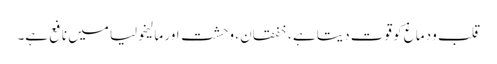
قلب و دماغ کو قوت دیتا ہے ، خفقان ، وحشت اور مالیخولیا میں نافع ہے۔